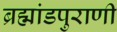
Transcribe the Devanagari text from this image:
ब्रह्मांडपुराणी